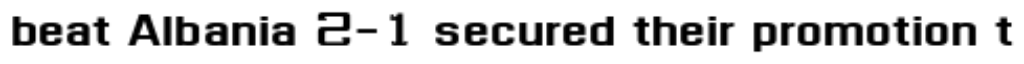
beat Albania 2-1 secured their promotion t